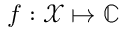
f : \mathcal X \mapsto \mathbb C